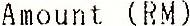
AMOUNT (RM)